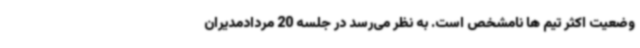
وضعیت اکثر تیم ها نامشخص است. به نظر می‌رسد در جلسه 20 مردادمدیران